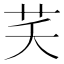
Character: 芺